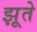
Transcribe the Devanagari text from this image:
झूते